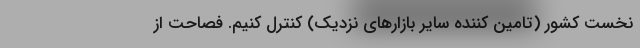
نخست کشور (تامین کننده سایر بازارهای نزدیک) کنترل کنیم. فصاحت از